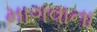
માગવાના